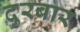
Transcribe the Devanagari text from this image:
दुरबार